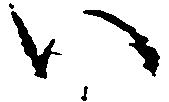
い